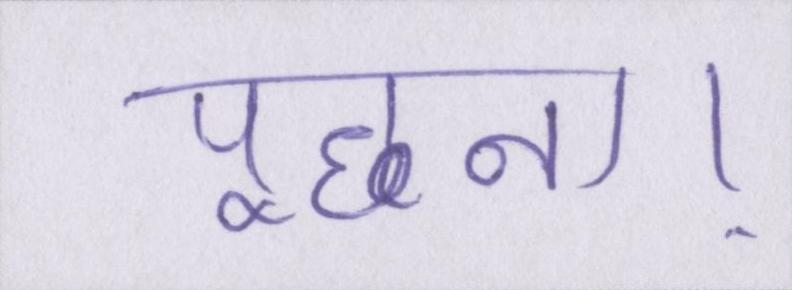
पूछना।